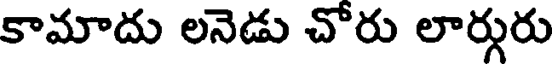
కామాదు లనెడు చోరు లార్గురు